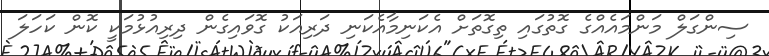
ސިންގަލް މަންމައެއްގެ ގޮތުގައި ތިގޮތަށް އެކަނިމާއެކަނި ދަރިއަކު ގޮވައިގެން ދިރިއުޅުމަކީ ކޮން ކަހަލަ